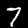
Digit: 7